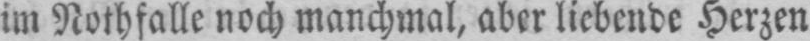
im Nothfalle noch manchmal, aber liebende Herzen